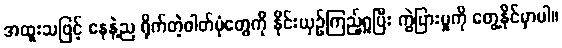
အထူးသဖြင့် နေနဲ့ည ရိုက်တဲ့ဓါတ်ပုံတွေကို နိုင်းယှဉ်ကြည့်ရှုပြီး ကွဲပြားမှုကို တွေ့နိုင်မှာပါ။